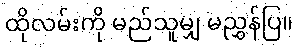
ထိုလမ်းကို မည်သူမျှ မညွှန်ပြ။